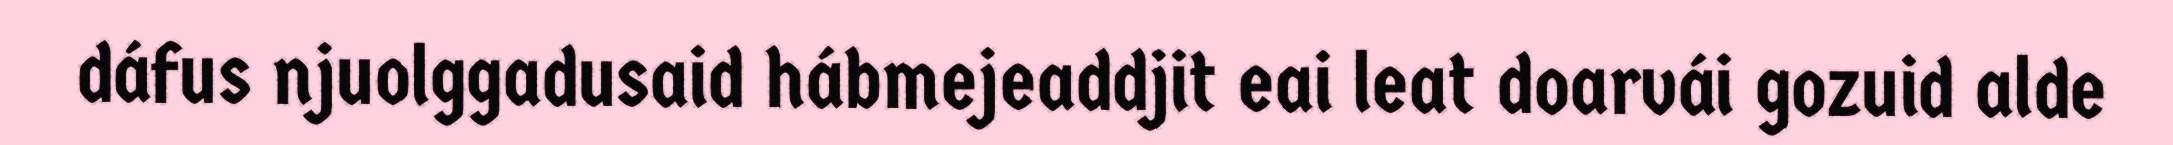
dáfus njuolggadusaid hábmejeaddjit eai leat doarvái gozuid alde